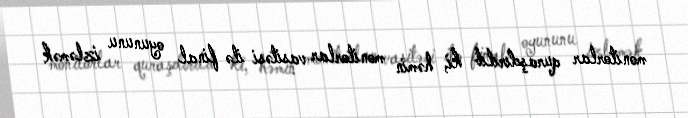
monitorlar quraşdırılıb ki, həmin monitorlar vasitəsi ilə final oyununu izləmək